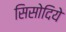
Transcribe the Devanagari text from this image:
सिसोदिये